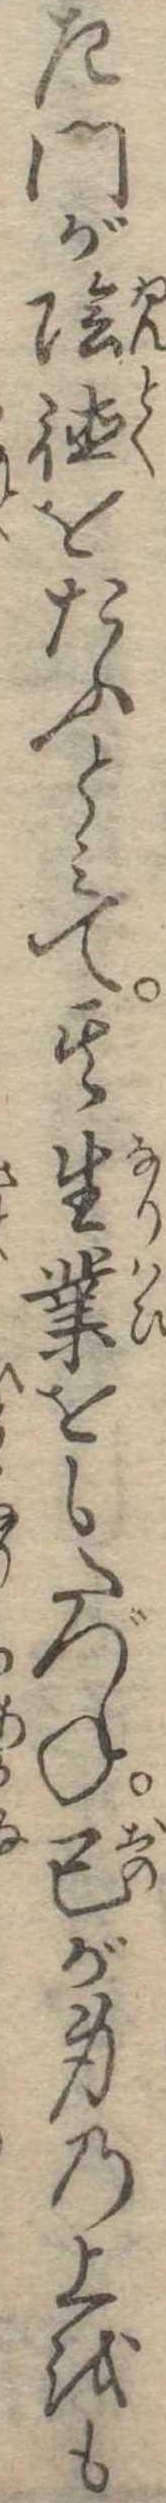
左門が陰徳をたふとみて其生業をもたづね己が身の上をも